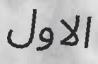
الاول